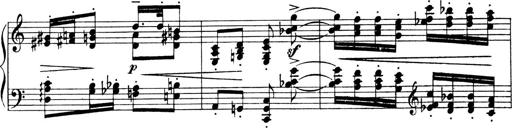
Title: 4 Sonatines
Composer: Max Reger